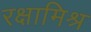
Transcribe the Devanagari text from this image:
रक्षामिश्र